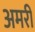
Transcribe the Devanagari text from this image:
अमरी